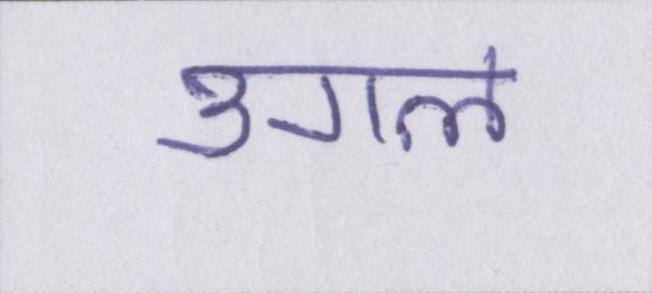
उगल